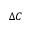
\Delta C